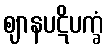
ဈာနပဋိပက္ခံ